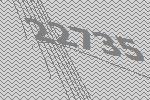
22735